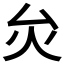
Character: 𤆃